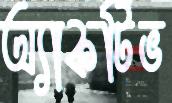
অ্যাকটিভ